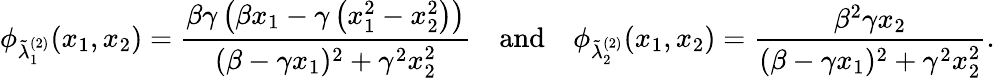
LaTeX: \phi_{\tilde{\lambda}_{1}^{(2)}}(x_{1},x_{2})=\frac{\beta\gamma\left(\beta x_{1}-\gamma\left(x_{1}^{2}-x_{2}^{2}\right)\right)}{(\beta-\gamma x_{1})^{2}+\gamma^{2}x_{2}^{2}}\quad\textrm{and}\quad\phi_{\tilde{\lambda}_{2}^{(2)}}(x_{1},x_{2})=\frac{\beta^{2}\gamma x_{2}}{(\beta-\gamma x_{1})^{2}+\gamma^{2}x_{2}^{2}}.